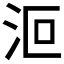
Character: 𣲳